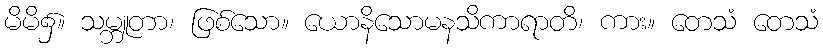
မိမိ၌။ သမ္ဘူတာ၊ ဖြစ်သော။ ယောနိသောမနသိကာရာတိ၊ ကား။ တေသံ တေသံ